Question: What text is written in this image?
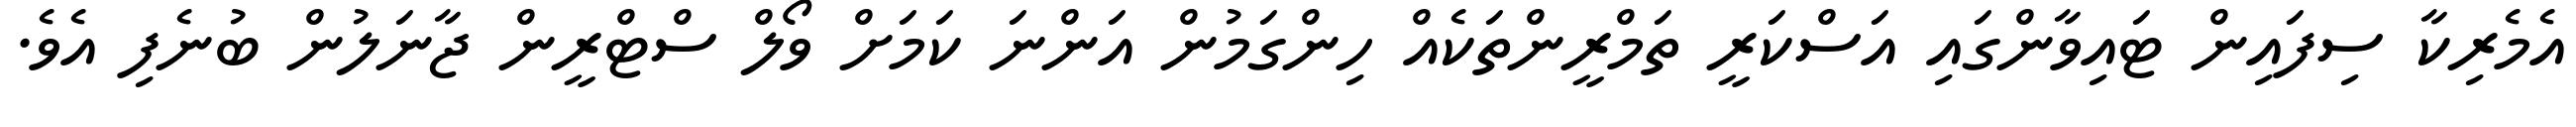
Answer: އެމެރިކާ ސިފައިން ޓައިވާންގައި އަސްކަރީ ތަމްރީންތަކެއް ހިންގަމުން އަންނަ ކަމަށް ވޯލް ސްޓްރީން ޖާނަލުން ބުނެފި އެވެ.